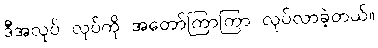
ဒီအလုပ် လုပ်ကို အတော်ကြာကြာ လုပ်လာခဲ့တယ်။